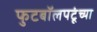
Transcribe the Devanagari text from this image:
फुटबॉलपटूंच्या